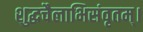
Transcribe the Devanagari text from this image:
शुद्धचैलाभिसंवृतम्।